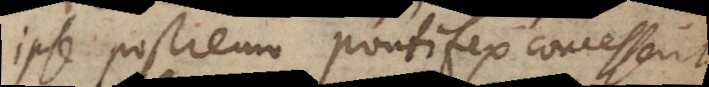
ipse postremo Pontifex concesserit